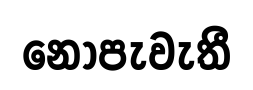
නොපැවැතී